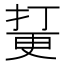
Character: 𱠘